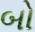
બો